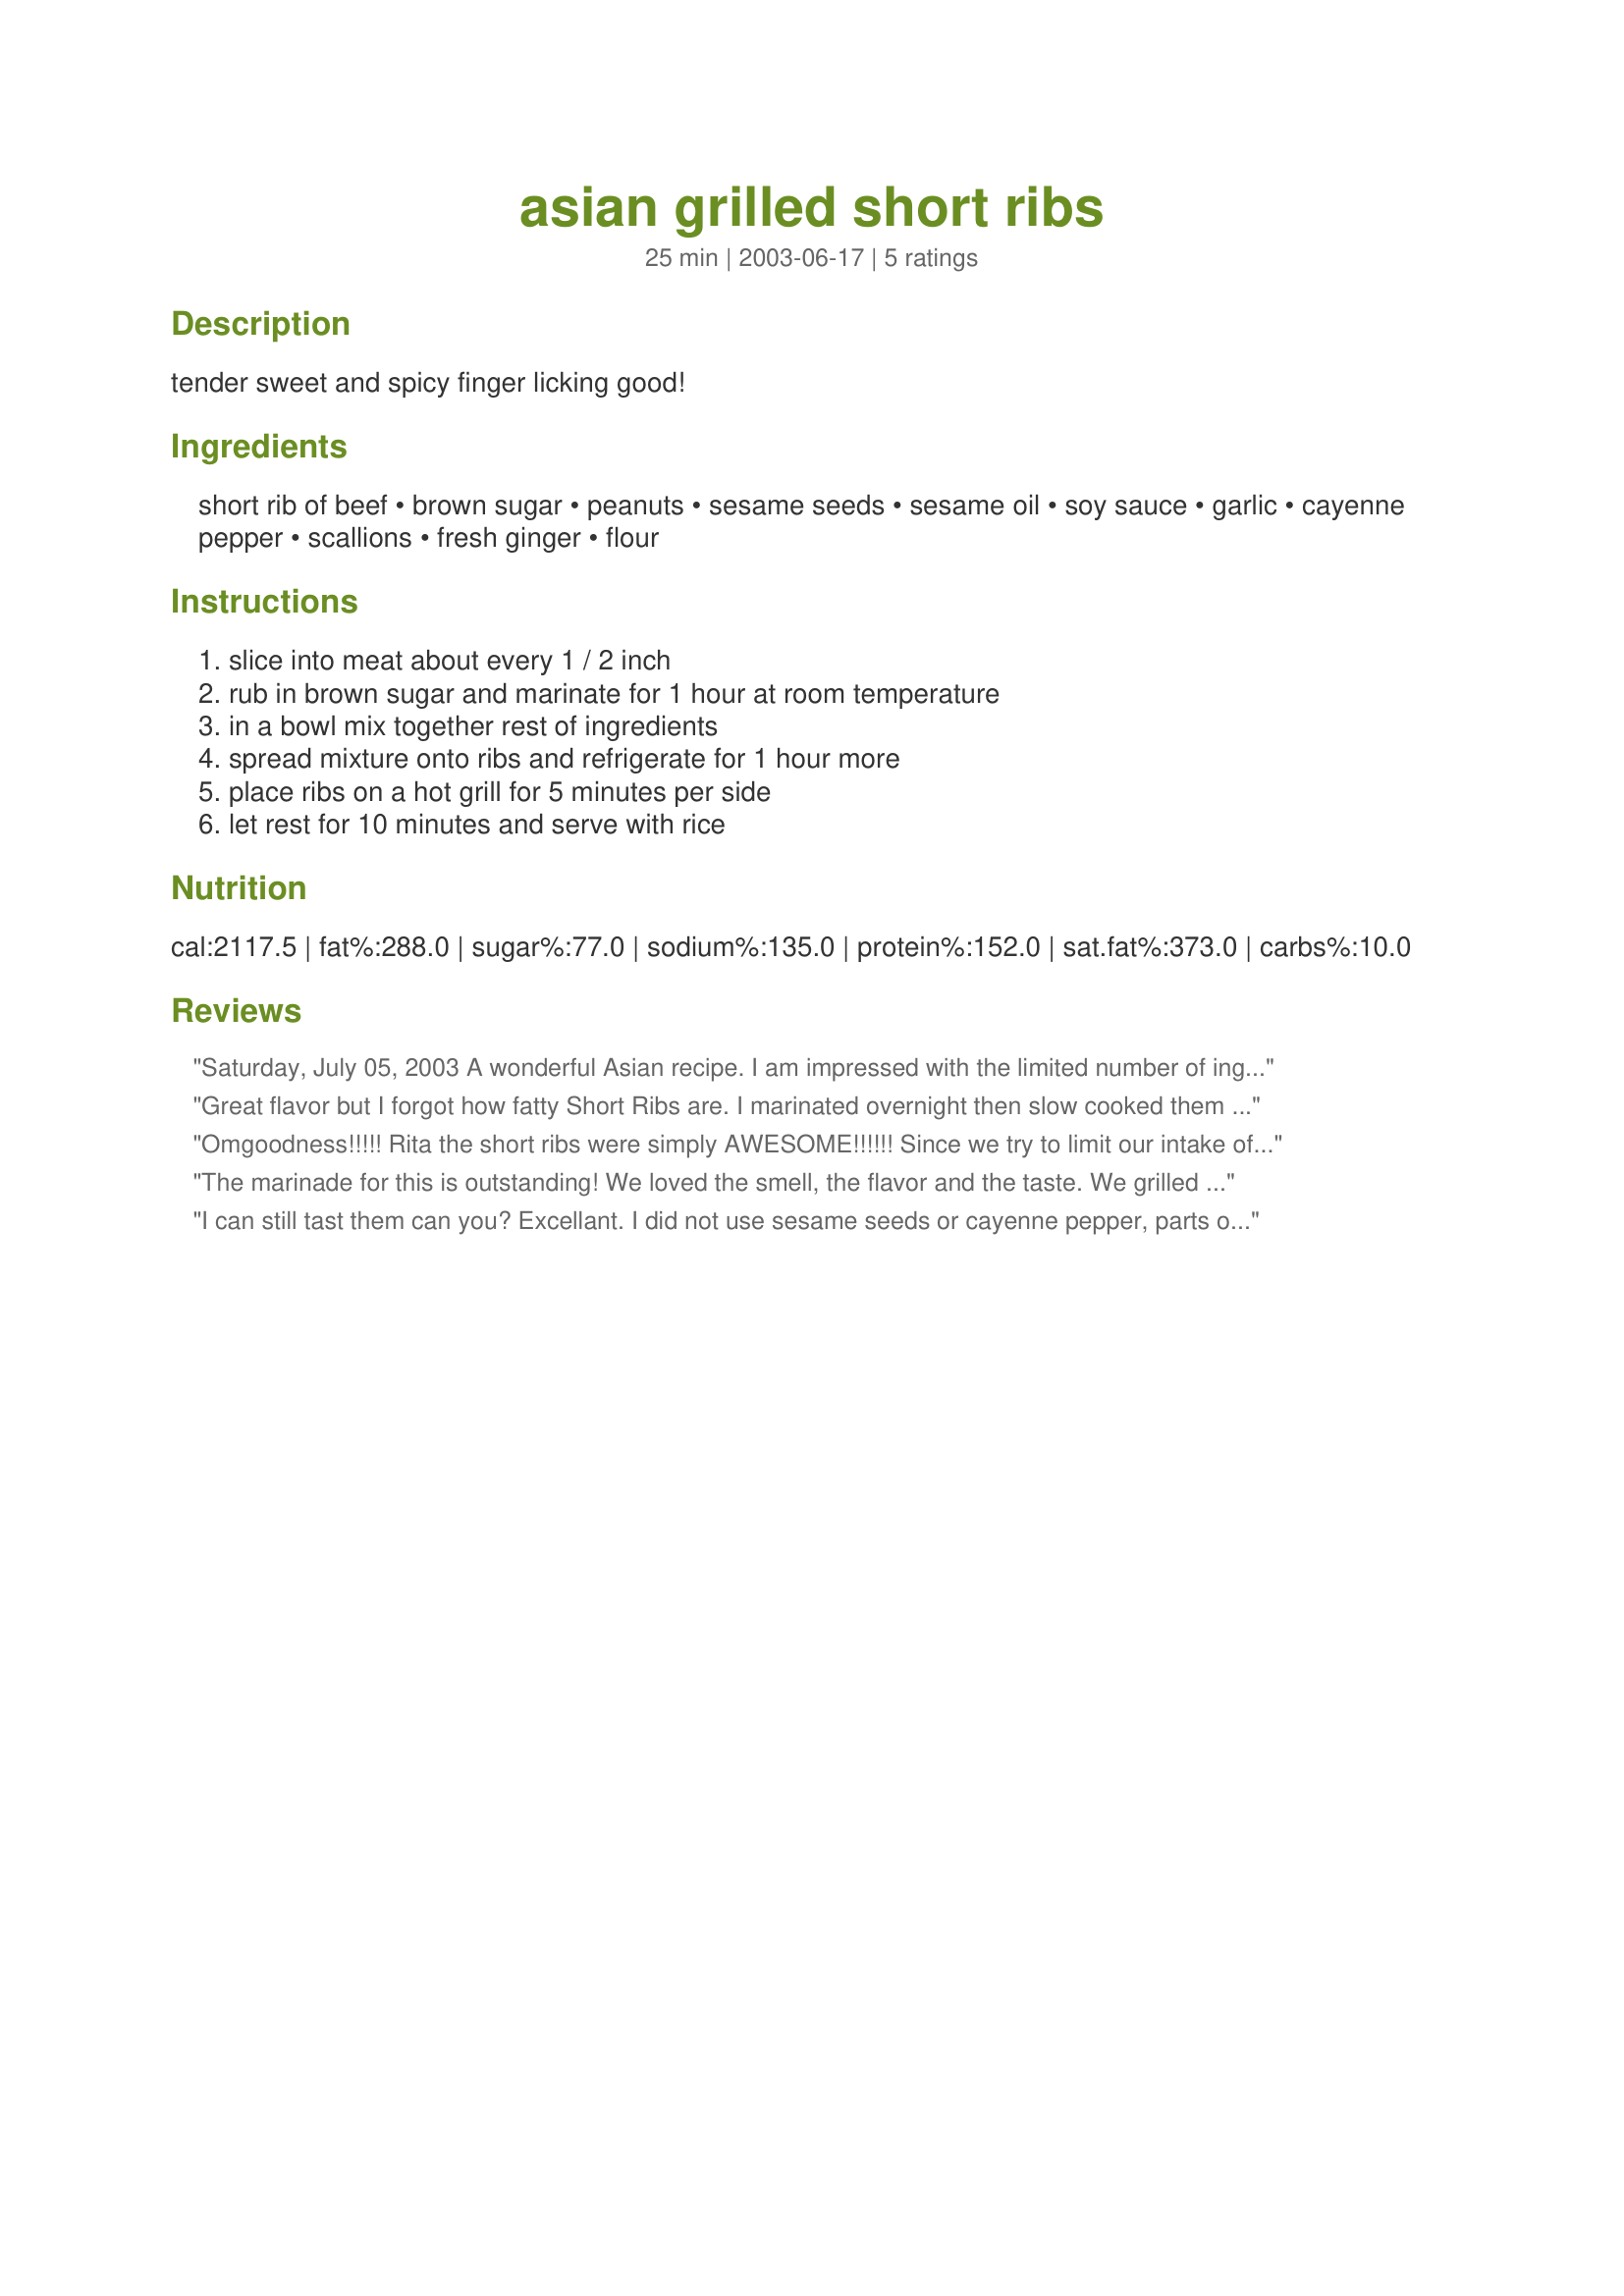
asian grilled short ribs
Preparation time: 25 minutes

tender sweet and spicy finger licking good!

Ingredients:
short rib of beef, brown sugar, peanuts, sesame seeds, sesame oil, soy sauce, garlic, cayenne pepper, scallions, fresh ginger, flour

Steps:
slice into meat about every 1 / 2 inch, rub in brown sugar and marinate for 1 hour at room temperature, in a bowl mix together rest of ingredients, spread mixture onto ribs and refrigerate for 1 hour more, place ribs on a hot grill for 5 minutes per side, let rest for 10 minutes and serve with rice

Reviews:

Saturday, July 05, 2003

A wonderful Asian recipe. I am impressed with the limited number of ingredients, simplicity in preparation, and precious little cook-time. It meant I could socialize longer with my guests, before meal time. I am not very familiar with Asian recipes and do not cook them often, (except for stir-fry), because I don't like making errors. However, this recipe persuaded a second look; I shall rethink and delve more closely into "East Meets West" cuisine. There is much to be learned, and I am not above learning new things. 

Of necessity, I used "diabetic" brown sugar at the initial marinating stage (Step 2), and the results were quite good. The moisture from the BEEF RIBS blends well with the sugar to create a lovely sweet sauce. The resulting infusion of sweetness throughout the BEEF RIBS is a pleasant surprise. I often wondered how this was achieved and always assumed it to be by injection. Of course, the final marinating process is the "piece-de-resistance" (Step 4). I reduced the amount of cayenne pepper flakes by half and doubled the grated ginger (I love ginger). This was purely personal preference; found it to be a sufficient amount of "heat" for my taste and did not compromise the originality of the recipe. 

I am a great believer in the "sniff-n-taste" cooking method. The sniffing was fine, but the taste of the liquid marinade (step 4) was a bit suspect, in that, it tasted heavily of soy sauce. However, I did my lesson well and spread this marinade onto the BEEF RIBS, as instructed. The result was once again a delightful surprise. The sweetness from (Step 2), toned down the harshness of the soy sauce mixture (Step 4) to a wonderful blend of flavour. This combination created wonders in tenderizing the meaty BEEF RIBS. Cooking for 5 minutes, each side was perfect. The BEEF RIBS were tender, rare, flavourful, and juicy.

As luck would have it, one of the local supermarkets had a BBQ feature this week; beef short ribs, (and shoulder lamb chops for another recipe) AHA!!! I am a sucker for a bargain, so, I bought 10 lbs of BEEF SHORT RIBS, increased the recipe accordingly, to serve plenty for 10 people, with no left-overs. This recipe was a delicious main course, barbeque meal, this afternoon, washed down with plenty of good old Canadian beer. Of course, diabetes prevents me from enjoying this good old brew, but does not prevent me from serving it to my guests, in copious amounts, along with your wonderful ASIAN GRILLED SHORTRIBS. Side dishes included plain boiled rice, sliced pickled ginger, mixed greens, and lots of serviettes, hand-wipes and lemony finger bowls. Everyone was sucking bones and licking fingers. Lip-smacking good. I have filed a printed copy on my cooking board, in a section I call "NewFoundRecipes - DoAgain" 

This recipe gets well-deserved full marks... Thanks so very much for sharing your talent and enticing me into cooking an Asian recipe. 



Great flavor but I forgot how fatty Short Ribs are. I marinated overnight then slow cooked them in oven then finished on the grill.
Omgoodness!!!!! Rita the short ribs were simply AWESOME!!!!!! Since we try to limit our intake of pork ribs this immediately caught my eye. I did add more garlic and some cilantro I needed to use to the marinade/ DH and DS bothe LOVED them. They were a little messy to prep BUT WELL worth it!!!! THANKS RITA
The marinade for this is outstanding! We loved the smell, the flavor and the taste. We grilled them on the Weber charcoal grill and the smokiness just added to this great meal. We did find that we aren't big fans of shortribs (handn't used them before) but feel like we can use this on other cuts of meat as well. Wonderful recipe Rita!
I can still tast them can you? Excellant. I did not use sesame seeds or cayenne pepper, parts of my family does not care for them. I thought they still came out good. Followed everything as written.
Thank you for posting this for us to try.
